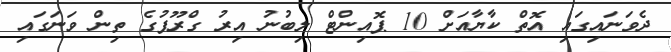
ދެވަނައިގައި އޮތް ކާޔާއަށް 10 ޕޮއިންޓް ލިބުނު އިރު ގްރޫޕުގެ ތިން ވަނަގައި